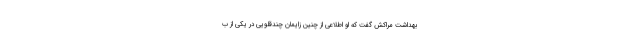
بهداشت مراکش گفت که او اطلاعی از چنین زایمان چندقلویی در یکی از ب